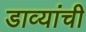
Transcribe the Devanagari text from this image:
डाव्यांची